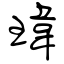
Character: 瑋